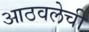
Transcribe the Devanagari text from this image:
आठवलेची